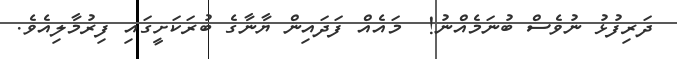
ދަރިފުޅު ނުވެސް ބުނަމެއްނު!  މައެއް ފަދައިން ޔާނާގެ ބުރަކަށީގައި ފިރުމާލިއެވެ.